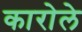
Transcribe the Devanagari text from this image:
कारोले